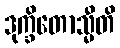
ဒုက္ခိတောသ္မီတိ